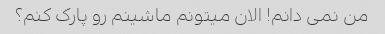
من نمی دانم! الان میتونم ماشینم رو پارک کنم؟